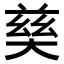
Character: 𡙛